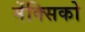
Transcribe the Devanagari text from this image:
मेंक्सिको